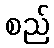
စည်